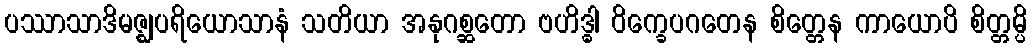
ပဿာသာဒိမဇ္ဈပရိယောသာနံ သတိယာ အနုဂစ္ဆတော ဗဟိဒ္ဓါ ဝိက္ခေပဂတေန စိတ္တေန ကာယောပိ စိတ္တမ္ပိ